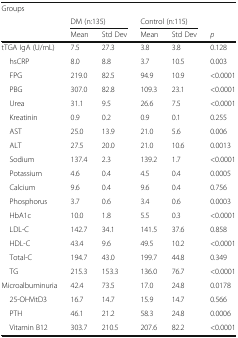
| Groups |  |  |  |  |  |
 |  | <COLSPAN=2> DM (n:135) | <COLSPAN=2> Control (n:115) |  |
 |  | Mean | Std Dev | Mean | Std Dev | p |
 | --- | --- | --- | --- | --- | --- |
 | tTGA IgA (U/mL) | 7.5 | 27.3 | 3.8 | 3.8 | 0.128 |
 | hsCRP | 8.0 | 8.8 | 3.7 | 10.5 | 0.003 |
 | FPG | 219.0 | 82.5 | 94.9 | 10.9 | <0.0001 |
 | PBG | 307.0 | 82.8 | 109.3 | 23.1 | <0.0001 |
 | Urea | 31.1 | 9.5 | 26.6 | 7.5 | <0.0001 |
 | Kreatinin | 0.9 | 0.2 | 0.9 | 0.1 | 0.255 |
 | AST | 25.0 | 13.9 | 21.0 | 5.6 | 0.006 |
 | ALT | 27.5 | 20.0 | 21.0 | 10.6 | 0.0013 |
 | Sodium | 137.4 | 2.3 | 139.2 | 1.7 | <0.0001 |
 | Potassium | 4.6 | 0.4 | 4.5 | 0.4 | 0.0005 |
 | Calcium | 9.6 | 0.4 | 9.6 | 0.4 | 0.756 |
 | Phosphorus | 3.7 | 0.6 | 3.4 | 0.6 | 0.0003 |
 | HbA1c | 10.0 | 1.8 | 5.5 | 0.3 | <0.0001 |
 | LDL-C | 142.7 | 34.1 | 141.5 | 37.6 | 0.858 |
 | HDL-C | 43.4 | 9.6 | 49.5 | 10.2 | <0.0001 |
 | Total-C | 194.7 | 43.0 | 199.7 | 44.8 | 0.349 |
 | TG | 215.3 | 153.3 | 136.0 | 76.7 | <0.0001 |
 | Microalbuminuria | 42.4 | 73.5 | 17.0 | 24.8 | 0.0178 |
 | 25-OHVitD3 | 16.7 | 14.7 | 15.9 | 14.7 | 0.566 |
 | PTH | 46.1 | 21.2 | 58.3 | 24.8 | 0.0006 |
 | Vitamin B12 | 303.7 | 210.5 | 207.6 | 82.2 | <0.0001 |